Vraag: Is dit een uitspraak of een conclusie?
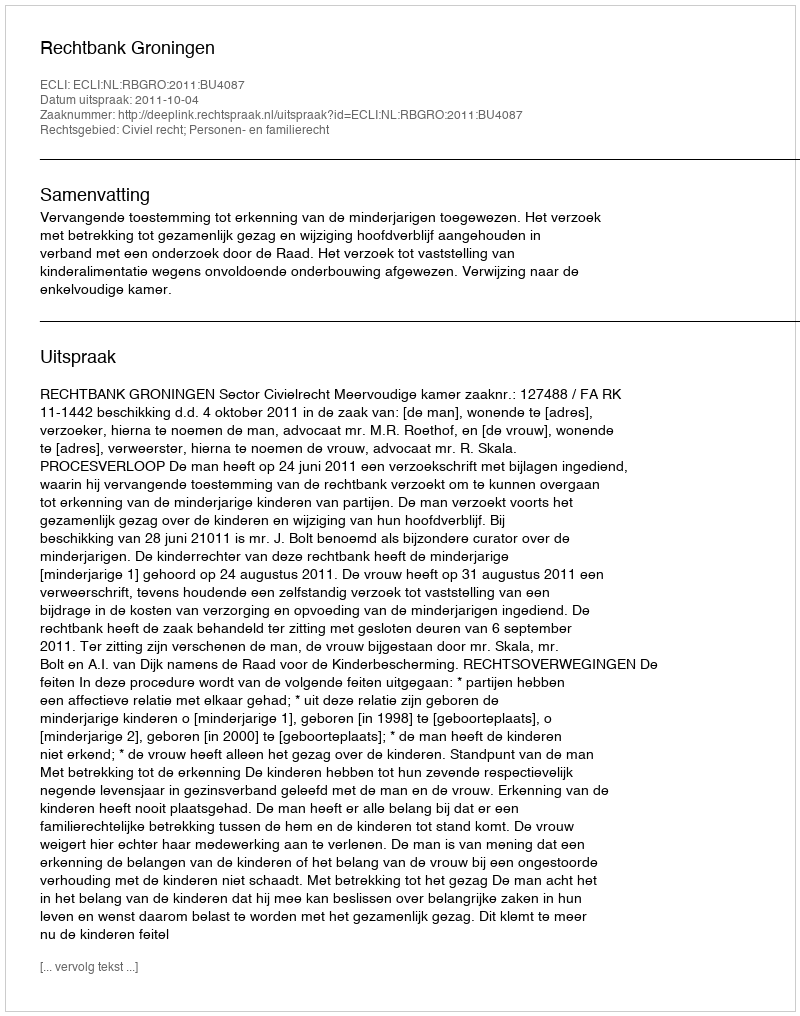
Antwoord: Uitspraak